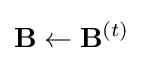
\mathbf {B} \leftarrow \mathbf {B} ^{(t)}